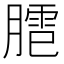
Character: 𰯍